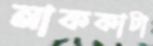
নাককাটা